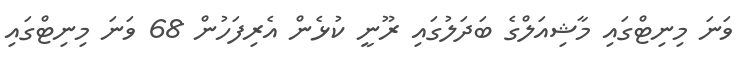
ވަނަ މިނިޓްގައި މާޝިއަލްގެ ބަދަލުގައި ރޫނީ ކުޅެން އެރިފަހުން 68 ވަނަ މިނިޓްގައި